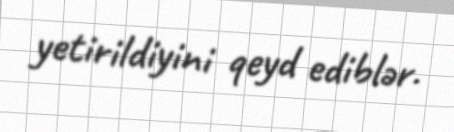
yetirildiyini qeyd ediblər.